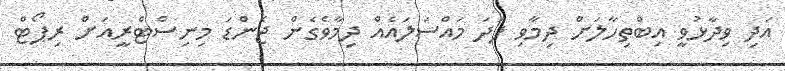
އަދި ވިދާޅުވީ އިބްތިހާލަށް ދިމާވި ފަދަ މައްސަލައެއް ދިމާވެގެން ޖެންޑަ މިނިސްޓްރީއަށް ރިޕޯޓް